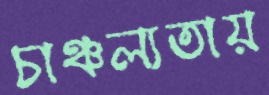
চাঞ্চল্যতায়